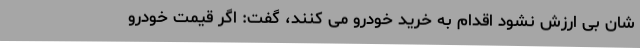
شان بی ارزش نشود اقدام به خرید خودرو می کنند، گفت: اگر قیمت خودرو